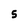
Character: 5